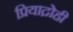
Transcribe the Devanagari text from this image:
प्रियाद्रोही